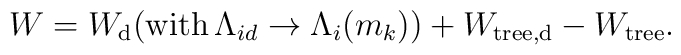
W=W_{\mathrm{d}}(\mathrm{with }\,\Lambda _{id}\rightarrow \Lambda _{i}(m_{k}))\mathrm{ }+W_{\mathrm{tree,d}}-W_{\mathrm{tree}}.